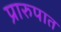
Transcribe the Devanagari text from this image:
प्रारुपात